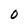
Character: 0